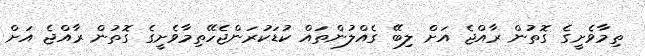
ތިމާވެށީގެ ގޮތުން ރާއްޖެ އަށް ލިބޭ ގެއްލުންތައް ކުޑަކުރަންޖެހޭތިމާވެށީގެ ގޮތުން ރާއްޖެ އަށް